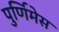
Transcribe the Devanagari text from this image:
पुर्णिमेस